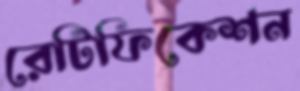
রেটিফিকেশন